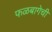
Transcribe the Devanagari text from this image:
फळबागेची